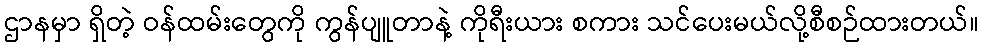
ဌာနမှာ ရှိတဲ့ ဝန်ထမ်းတွေကို ကွန်ပျူတာနဲ့ ကိုရီးယား စကား သင်ပေးမယ်လို့စီစဉ်ထားတယ်။